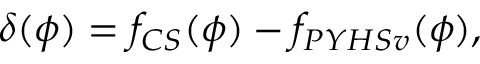
\delta ( \phi ) = f _ { C S } ( \phi ) - f _ { P Y H S v } ( \phi ) ,